Vaccination in Bombay 1924-1928 - 1924-1928
Year: 1924
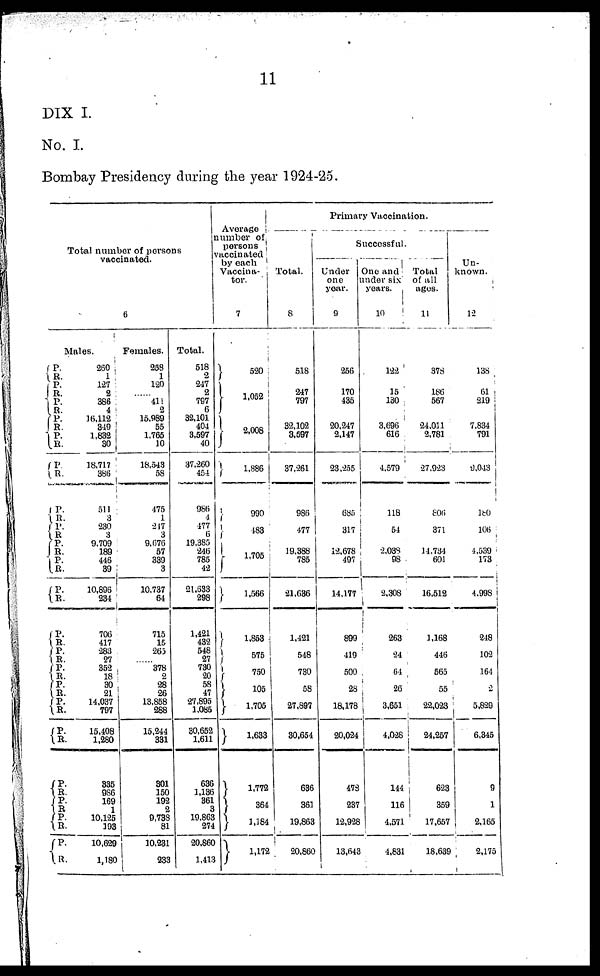
11
DIX I.
No. I.
Bombay Presidency during the year 1924-25.
Total number of persons
vaccinated.
6
Males.
P.
R.
P.
R.
P. R.
P.
R.
P.
R.
P.
R.
P.
R.
P.
R.
P.
R.
P.
R.
P.
R.
P.
R.
P.
R.
P.
R.
P.
R.
P.
R.
P.
R.
P.
R.
P.
R.
P.
R.
R. R.
260
1
127
2
386
4
16,112
349
1,832
30
18,717
386
511
3
230
3
9,709
189
446
39
10,896
234
706
417
283
27
352
18
30
21
14,037
797
15,408
1,280
335
986
169
1
10,125
193
10,629
1,180
Females.
258
1
120
......
411
2
15,989
55
1,765
10
18,543
58
475
1
247
3
9,676
57
339
3
10,737
64
715
15
265
......
378
2
28
26
13,858
288
15,244
331
301
150
192
2
9,738
81
10,231
233
Total.
518
2
247
2
797
6
32,101
404
3,597
40
37,260
454
986
4
477
6
19,385
246
785
42
21,633
298
1,421
432
548
27
730
20
58
47
27,895
1,085
30,652
1,611
636
1,136
361
3
19,863
274
20,860
1,413
Average
number of
persons
vaccinated
by each
Vaccina¬
tor.
7
520
1,052
2,008
1,886
990
483
1,705
1,566
1,853
575
750
105
1,705
1,633
1,772
364
1,184
1,172
Primary Vaccination.
Total.
8
518
247
797
32,102
3,597
37,261
986
477
19,388
785
21,636
1,421
548
730
58
27,897
30,654
636
361
19,863
20,860
Successful.
Under
one
year.
9
256
170
435
20,247
2,147
23,255
685
317
12,678
497
14,177
899
419
500
28
18,178
20,024
478
237
12,928
13,643
One and
under six
years. .
10
122
15
130
3,696
616
4,579
118
54
2,038
98
2,308
263
24
64
26
3,651
4,028
144
116
4,571
4,831
Total
of all
ages.
11
378
186
567
24,011
2,781
27,923
806
371
14,734
601
16,512
1,168
446
565
55
22,023
24,257
623
359
17,657
18,639
Un-
known.
12
138
61
219
7,834
791
9,043
180
106
4,539
173
4,998
248
102
164
2
5,829
6,345
9
1
2,165
2,175